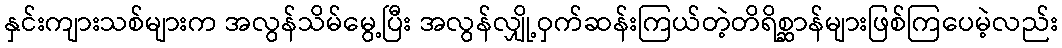
နှင်းကျားသစ်များက အလွန်သိမ်မွေ့ပြီး အလွန်လျှို့ဝှက်ဆန်းကြယ်တဲ့တိရိစ္ဆာန်များဖြစ်ကြပေမဲ့လည်း